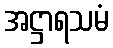
အဋ္ဌာရသမံ